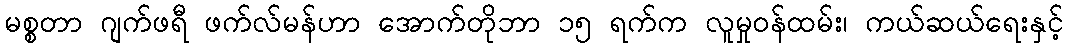
မစ္စတာ ဂျက်ဖရီ ဖက်လ်မန်ဟာ အောက်တိုဘာ ၁၅ ရက်က လူမှုဝန်ထမ်း၊ ကယ်ဆယ်ရေးနှင့်